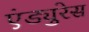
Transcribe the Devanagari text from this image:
एंड्युरेस